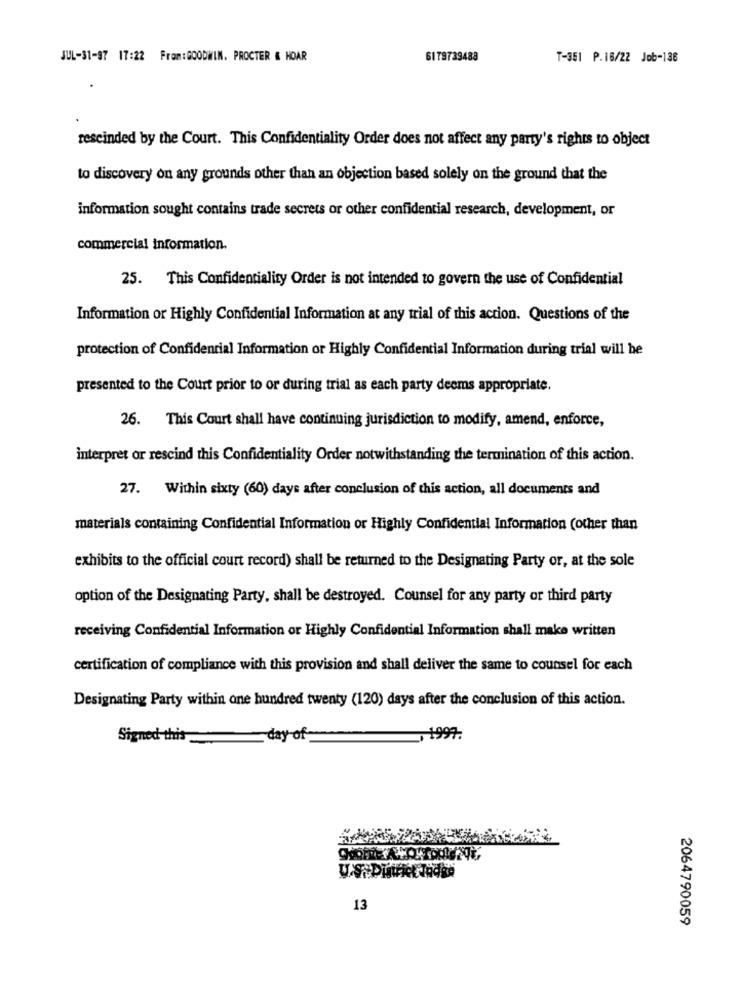
JUL-31-97 17:22 From:GOODWIN. PROCTER & HOAR
6179739488
T-351 P.16/22 Job-138
rescinded by the Court. This Confidentiality Order does not affect any party's rights to object
to discovery on any grounds other than an objection based solely on the ground that the
information sought contains trade secrets or other confidential research, development, or
commercial information.
25. This Confidentiality Order is not intended to govern the use of Confidential
Information or Highly Confidential Information at any trial of this action. Questions of the
protection of Confidential Information or Highly Confidential Information during trial will be
presented to the Court prior to or during trial as each party deems appropriate.
26. This Court shall have continuing jurisdiction to modify, amend, enforce,
interpret or rescind this Confidentiality Order notwithstanding the termination of this action.
27. Within sixty (60) days after conclusion of this action, all documents and
materials containing Confidential Information or Highly Confidential Information (other than
exhibits to the official court record) shall be returned to the Designating Party or, at the sole
option of the Designating Party, shall be destroyed. Counsel for any party or third party
receiving Confidential Information or Highly Confidential Information shall make written
certification of compliance with this provision and shall deliver the same to counsel for each
Designating Party within one hundred twenty (120) days after the conclusion of this action.
Signed this
-day of
U.S
13
2064790059